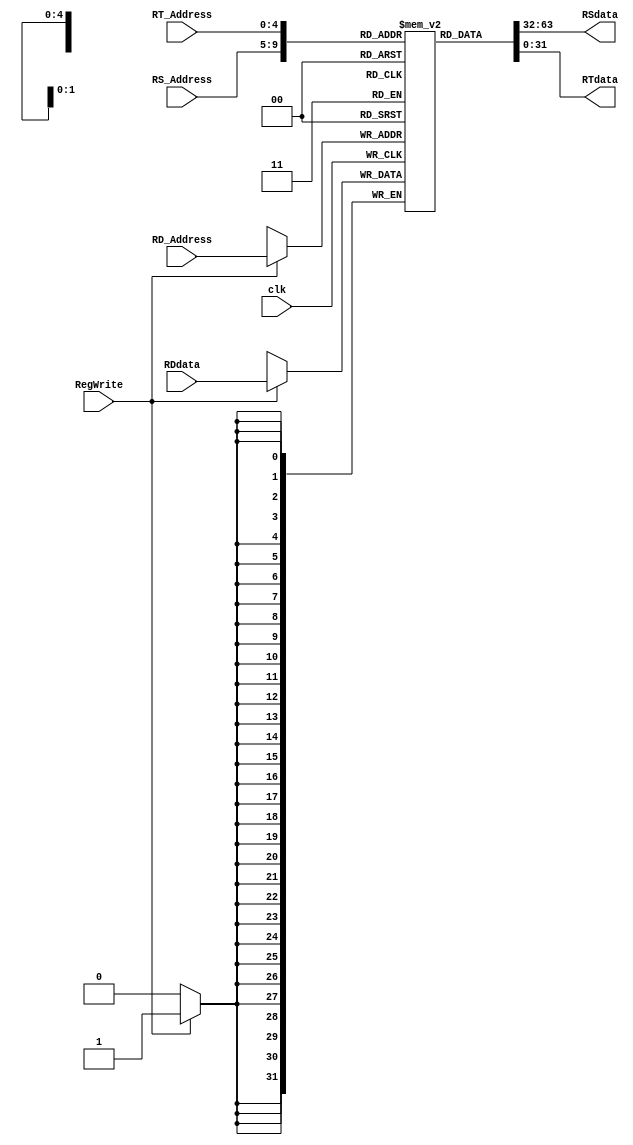
module RF(
 	input clk,//Clock
	input RegWrite,//The signal of write in register or not
 	input [4:0] RS_Address,//The address of register1
 	input [4:0] RT_Address,//The address of register2
 	input [4:0] RD_Address,//The address of register write in 
 	output reg [31:0] RSdata,//The data of register1
 	output reg [31:0] RTdata,//The data of register2
	input [31:0] RDdata//The data of register write in
);

reg [31:0] register[31:0];//Creat 32 registers

always@(RS_Address or RT_Address)begin
	RSdata<=register[RS_Address];//Read the data of register1 at the address1
	RTdata<=register[RT_Address];//Read the data of register2 at the address2
end
always@(negedge clk)begin
	if(RegWrite) register[RD_Address]=RDdata;//Write data in the register at the address
end

initial begin//initial RF
	register [0]= 32'd0;
	register [1]= 32'd11;
	register [2]= 32'd370;
	register [3]= 32'd183;
	register [4]= 32'd91;
	register [5]= 32'd234;
	register [6]= 32'd53;
	register [7]= 32'd124;
	register [8]= 32'd317;
	register [9]= 32'd179;
	register [10]= 32'd101;
	register [11]= 32'd161;
	register [12]= 32'd77;
	register [13]= 32'd320;
	register [14]= 32'd152;
	register [15]= 32'd10;
	register [16]= 32'd100;
	register [17]= 32'd100;
	register [18]= 32'd245;
	register [19]= 32'd19;
	register [20]= 32'd2;
	register [21]= 32'd13;
	register [22]= 32'd262;
	register [23]= 32'd185;
	register [24]= 32'd180;
	register [25]= 32'd180;
	register [26]= 32'd198;
	register [27]= 32'd178;
	register [28]= 32'd235;
	register [29]= 32'd22;
	register [30]= 32'd1000;
	register [31]= 32'd75;
end
endmodule